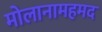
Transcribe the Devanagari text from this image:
मोलानामहमद